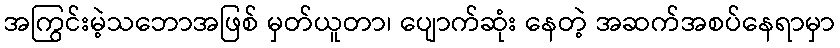
အကြွင်းမဲ့သဘောအဖြစ် မှတ်ယူတာ၊ ပျောက်ဆုံး နေတဲ့ အဆက်အစပ်နေရာမှာ